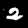
Label: 2